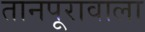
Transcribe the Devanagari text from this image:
तानपूरावाला